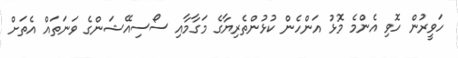
ހަވީރުން ހޮވި އެންމެ މޮޅު އަންހެން ކުޅުންތެރިޔާގެ މަގާމާއި ސޯސިއޭޝަންގެ ވަނަތައް އެތަށް